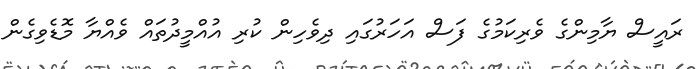
ރައީސް ޔާމިންގެ ވެރިކަމުގެ ފަސް އަހަރުގައި ދިވެހިން ކުރި އުއްމީދުތައް ވެއްޔާ މޮޑެވިގެން